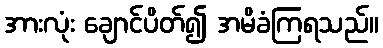
အားလုံး ချောင်ပိတ်၍ အမိခံကြရသည်။